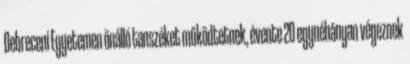
Debreceni Egyetemen önálló tanszéket működtetnek, évente 20 egynéhányan végeznek